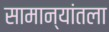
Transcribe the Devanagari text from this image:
सामान्यांतला